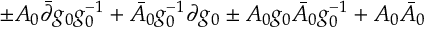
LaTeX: \pm A _ { 0 } \bar { \partial } g _ { 0 } g _ { 0 } ^ { - 1 } + \bar { A } _ { 0 } g _ { 0 } ^ { - 1 } \partial g _ { 0 } \pm A _ { 0 } g _ { 0 } \bar { A } _ { 0 } g _ { 0 } ^ { - 1 } + A _ { 0 } \bar { A } _ { 0 }